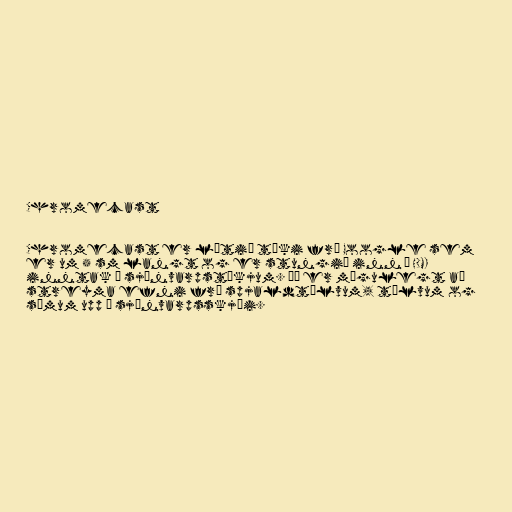
Chromecast

Chromecast er lítið tæki frá Google sem
er um 5 sm langt og er stungið inn í HDMI
inntak á sjónvarpstækjum. Þá er mögulegt að
streyma efni frá spjaldtölvum, tölvum og
símum upp á sjónvarpsskjái.